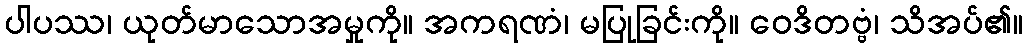
ပါပဿ၊ ယုတ်မာသောအမှုကို။ အကရဏံ၊ မပြုခြင်းကို။ ဝေဒိတဗ္ဗံ၊ သိအပ်၏။